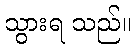
သွားရ သည်။